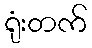
ရုံးတက်